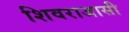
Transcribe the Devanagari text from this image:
शिवराजासी